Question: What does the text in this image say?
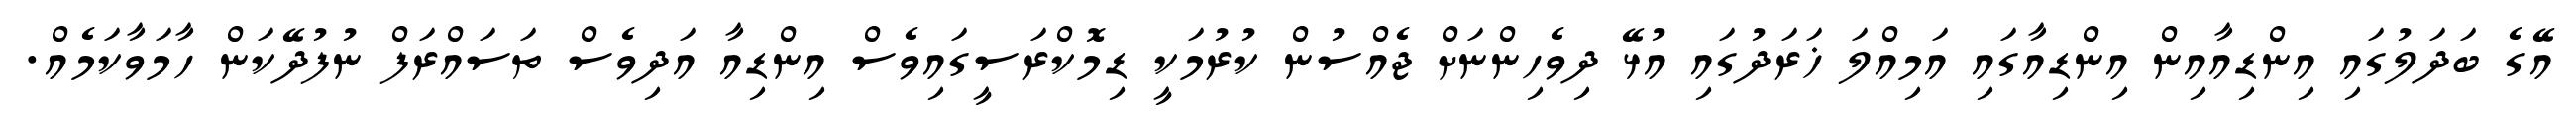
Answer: އޭގެ ބަދަލުގައި އިންޑިއާއިން އިންޑިއާގައި އަމިއްލަ ޚަރަދުގައި އުޅޭ ދިވެހިންނަށް ޖެއްސުން ކުރުމަކީ ޑިމޮކްރަސީގައިވެސް އިންޑިއާ އަދިވެސް ތަސައްރަފް ނުފުދޭކަން ހާމަވާކަމެއް.